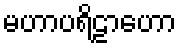
မဟာပရိဠာဟော